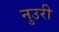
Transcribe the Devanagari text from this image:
नुउरी